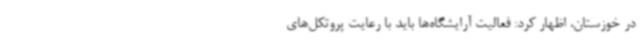
در خوزستان، اظهار کرد: فعالیت آرایشگاه‌ها باید با رعایت پروتکل‌های